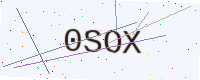
Text: 0SOX